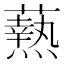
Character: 𭶢